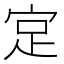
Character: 𪧎